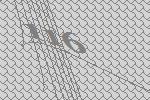
116